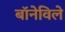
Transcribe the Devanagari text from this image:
बॉनेविले